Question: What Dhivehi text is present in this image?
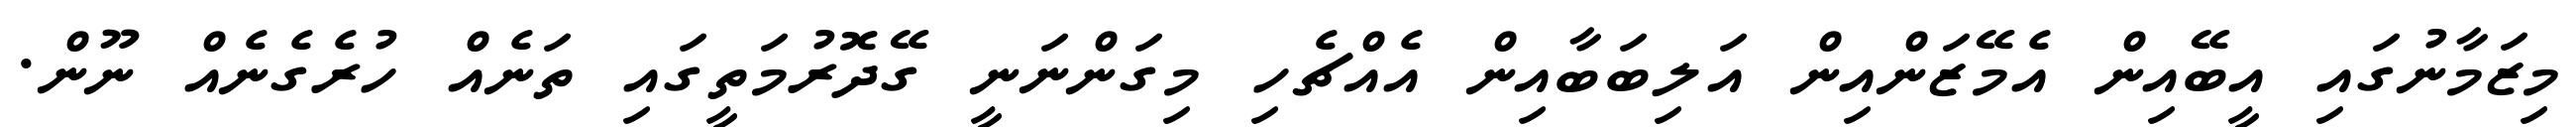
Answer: މިޒަމާނުގައި އީބޭއިން އެމޭޒަންއިން އަލިބަބާއިން އެއްޗެހި މިގަންނަނީ ގޭދޮރުމަތީގައި ތަނެއް ހުރެގެނެއް ނޫން.